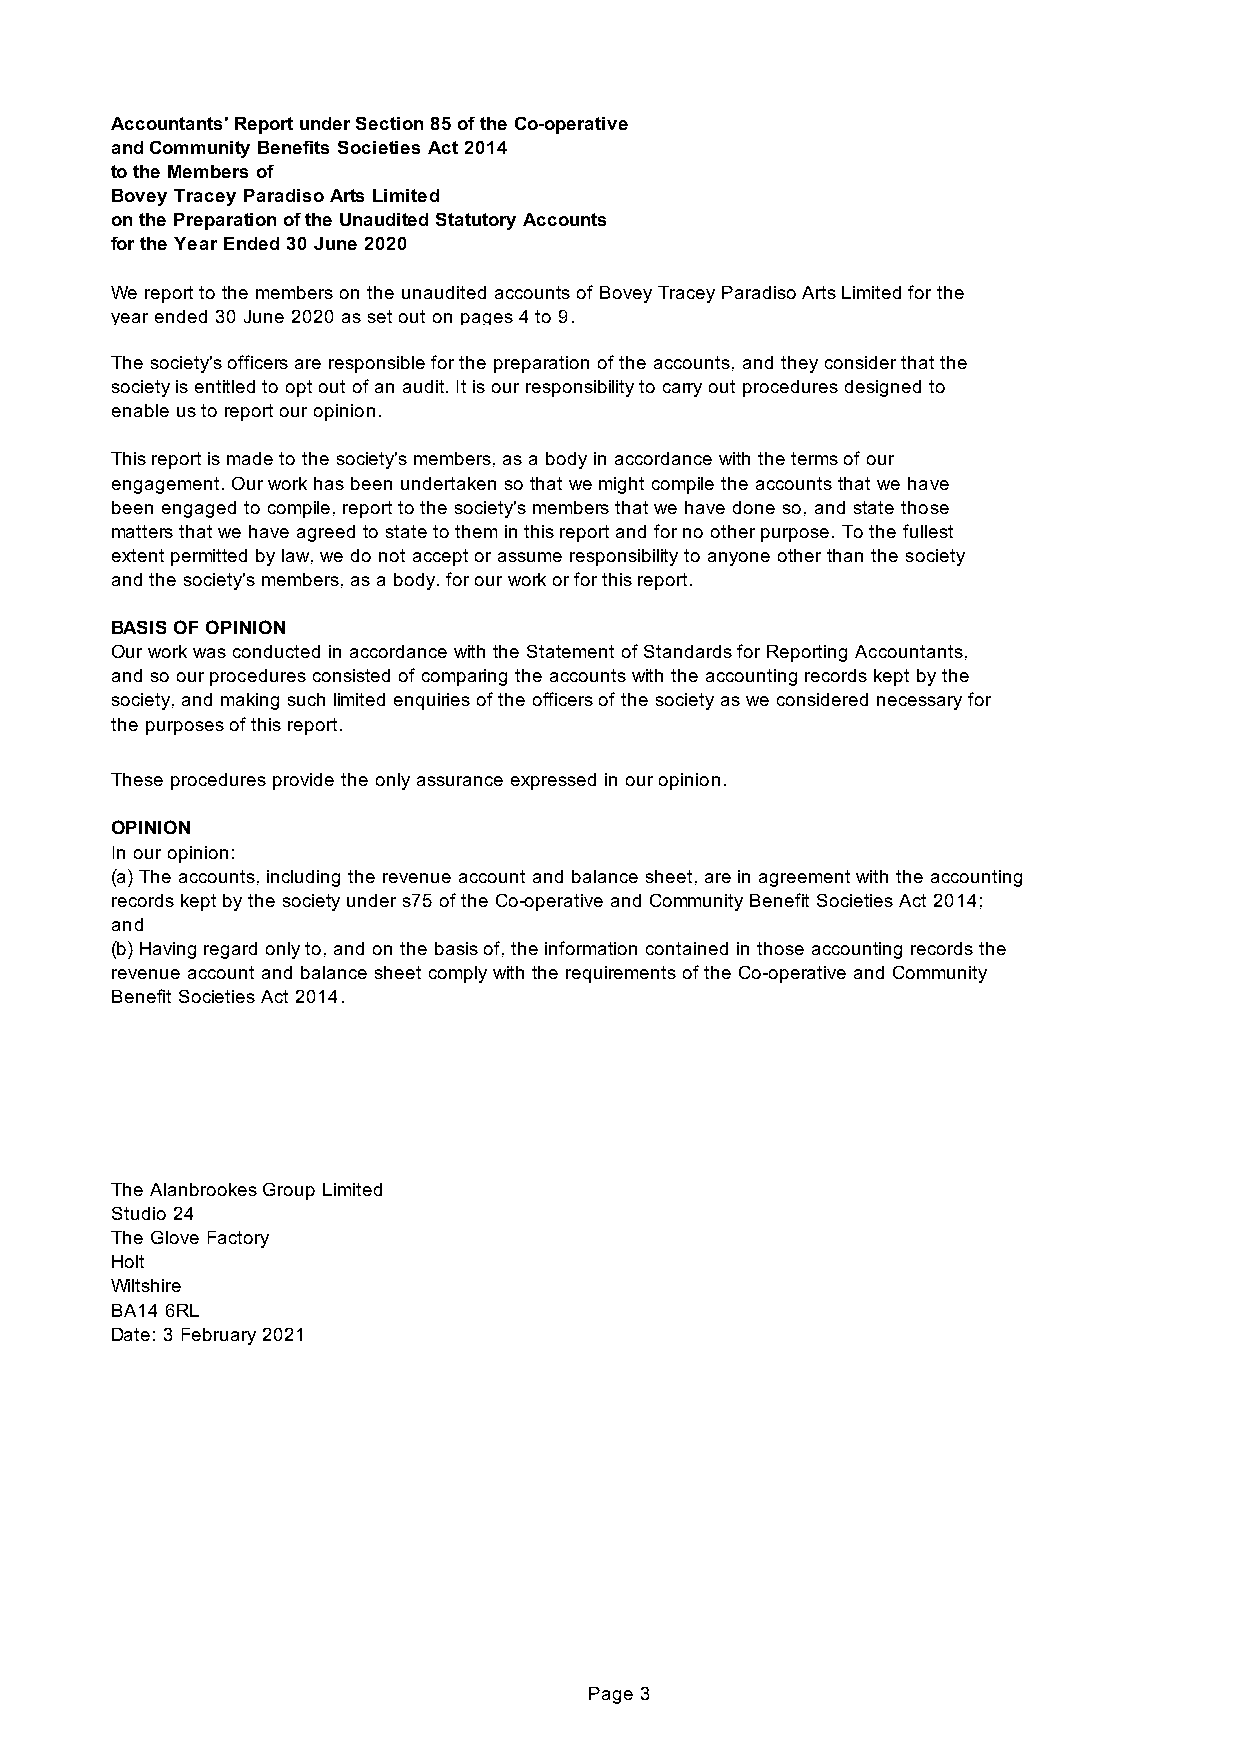
Accountants' Report under Section 85 of the Co-operative
 and Community Benefits Societies Act 2014
 to the Members of
 Bovey Tracey Paradiso Arts Limited
 on the Preparation of the Unaudited Statutory Accounts
 for the Year Ended 30 June 2020
 We report to the members on the unaudited accounts of Bovey Tracey Paradiso Arts Limited for the
 year ended 30 June 2020 as set out on pages 4 to 9.
 The society's officers are responsible for the preparation of the accounts, and they consider that the
 society is entitled to opt out of an audit. It is our responsibility to carry out procedures designed to
 enable us to report our opinion.
 This report is made to the society's members, as a body in accordance with the terms of our
 engagement. Our work has been undertaken so that we might compile the accounts that we have
 been engaged to compile, report to the society's members that we have done so, and state those
 matters that we have agreed to state to them in this report and for no other purpose. To the fullest
 extent permitted by law, we do not accept or assume responsibility to anyone other than the society
 and the society's members, as a body. for our work or for this report.
 BASIS OF OPINION
 Our work was conducted in accordance with the Statement of Standards for Reporting Accountants,
 and so our procedures consisted of comparing the accounts with the accounting records kept by the
 society, and making such limited enquiries of the officers of the society as we considered necessary for
 the purposes of this report.
 These procedures provide the only assurance expressed in our opinion.
 OPINION
 In our opinion:
 (a) The accounts, including the revenue account and balance sheet, are in agreement with the accounting
 records kept by the society under s75 of the Co-operative and Community Benefit Societies Act 2014;
 and
 (b) Having regard only to, and on the basis of, the information contained in those accounting records the
 revenue account and balance sheet comply with the requirements of the Co-operative and Community
 Benefit Societies Act 2014.
 The Alanbrookes Group Limited
 Studio 24
 The Glove Factory
 Holt
 Wiltshire
 BA14 6RL
 Date: 3 February 2021
 Page 3